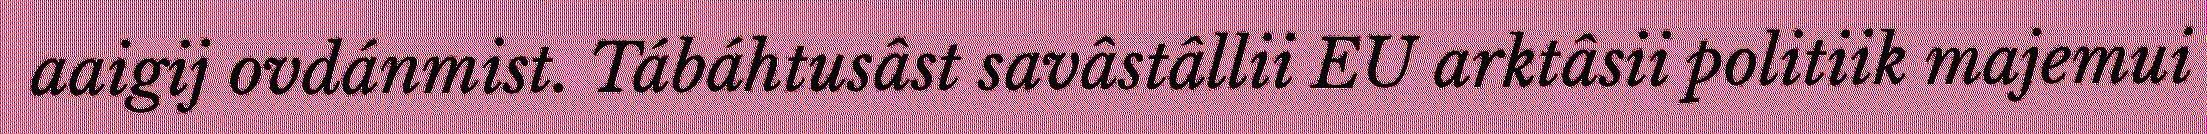
aaigij ovdánmist. Tábáhtusâst savâstâllii EU arktâsii politiik majemui